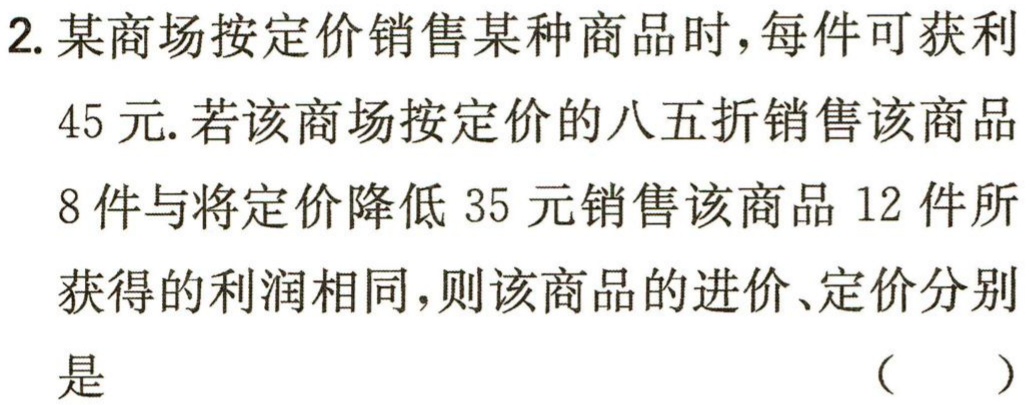
2. 某商场按定价销售某种商品时，每件可获利

45 元. 若该商场按定价的八五折销售该商品

8 件与将定价降低 35 元销售该商品 12 件所

获得的利润相同，则该商品的进价、定价分别

是 （  ）